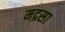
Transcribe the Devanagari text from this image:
मद्रसा